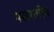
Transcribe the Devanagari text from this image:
पसरलीय